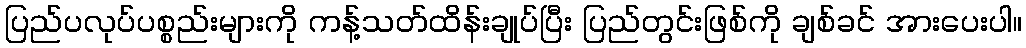
ပြည်ပလုပ်ပစ္စည်းများကို ကန့်သတ်ထိန်းချုပ်ပြီး ပြည်တွင်းဖြစ်ကို ချစ်ခင် အားပေးပါ။